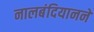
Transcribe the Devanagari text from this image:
नालबंदियानने